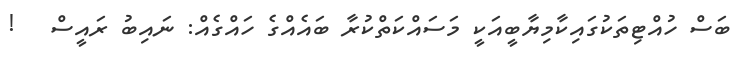
ބަސް ހުއްޓިތަކުގައިކާމިޔާބީއަކީ މަސައްކަތްކުރާ ބައެއްގެ ހައްގެއް: ނައިބު ރައީސް   !